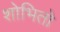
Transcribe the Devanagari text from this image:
शोभितो